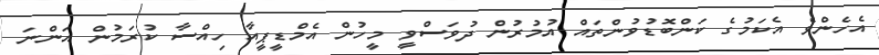
އެހެންވެ އެކަމުގެ ކަންބޮޑުވުންތައް އުމުރުން ދުވަސްވީ މީހުން އެމްޑީޕީއާ ހިއްސާ ކުރަމުން އަންނަ